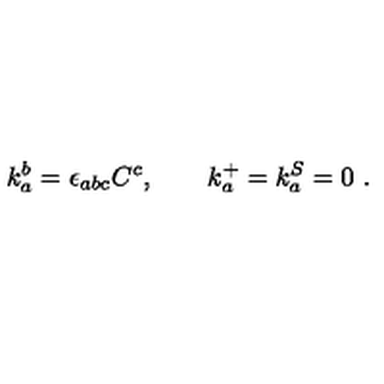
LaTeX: k _ { a } ^ { b } = \epsilon _ { a b c } C ^ { c } , \qquad k _ { a } ^ { + } = k _ { a } ^ { S } = 0 \ .